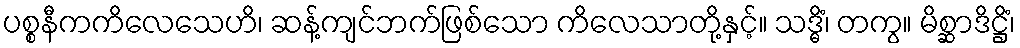
ပစ္စနီကကိလေသေဟိ၊ ဆန့်ကျင်ဘက်ဖြစ်သော ကိလေသာတို့နှင့်။ သဒ္ဓိံ၊ တကွ။ မိစ္ဆာဒိဋ္ဌိံ၊